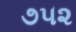
૭૫૨